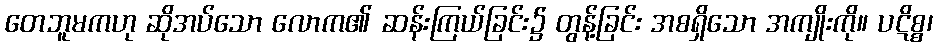
တေဘူမကဟု ဆိုအပ်သော လောက၏ ဆန်းကြယ်ခြင်း၌ တွန့်ခြင်း အစရှိသော အကျိုးကို။ ပဋိစ္စ၊